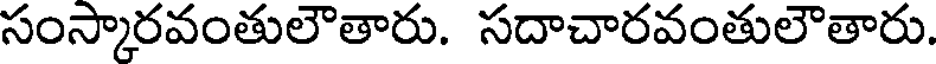
సంస్కారవంతులౌతారు. సదాచారవంతులౌతారు.